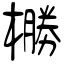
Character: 橳